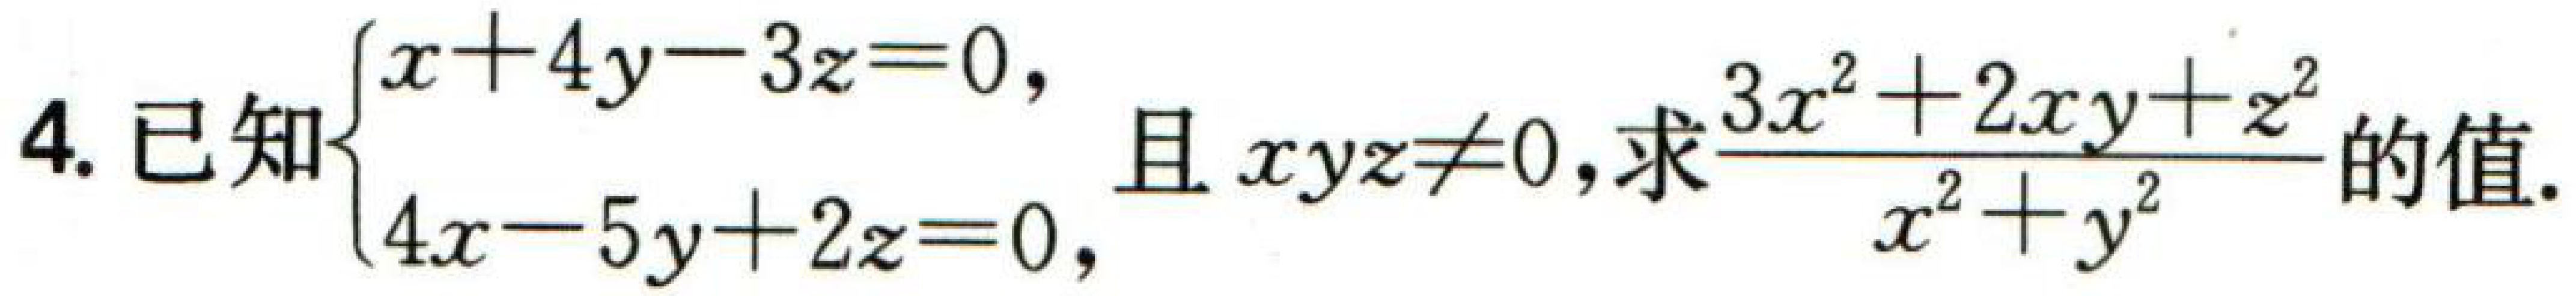
已知$\begin{cases}x + 4y - 3z = 0,\\4x - 5y + 2z = 0,\end{cases}$且$xyz\neq0$,求$\dfrac{3x^{2} + 2xy + z^{2}}{x^{2} + y^{2}}$的值.